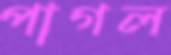
পাগল